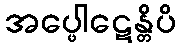
အပ္ဖေါဋေန္တိပိ